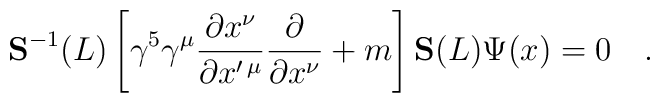
{\bf S}^{-1} (L) \left [\gamma^5 \gamma^\mu\frac{\partial x^\nu}{\partial x^{\prime\,\mu}}\frac{\partial}{\partial x^\nu} +m \right ] {\bf S} (L) \Psi (x) = 0\quad.